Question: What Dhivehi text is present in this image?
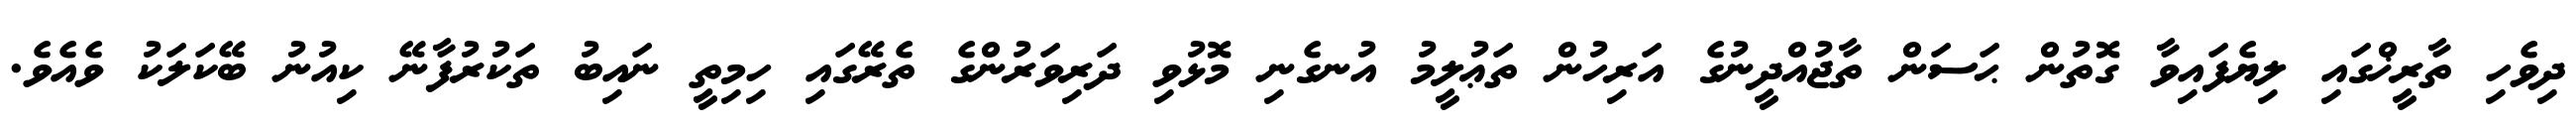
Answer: ދިވެހި ތާރީޚްގައި ލިޔެފައިވާ ގޮތުން ޙަސަން ތާޖުއްދީނުގެ އަރިހުން ތަޢުލީމު އުނގެނި މޮޅުވި ދަރިވަރުންގެ ތެރޭގައި ހިމިތީ ނައިބު ތަކުރުފާނޭ ކިއުނު ބޭކަލަކު ވެއެވެ.